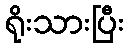
ရိုးသားပြီး